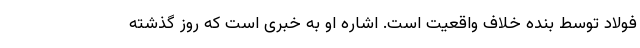
فولاد توسط بنده خلاف واقعیت است. اشاره او به خبری است که روز گذشته